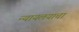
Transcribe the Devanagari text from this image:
न्यायलयाचा